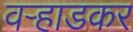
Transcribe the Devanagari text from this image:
वऱ्हाडकर